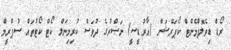
ރޯޑް ޑިވެލޮޕްމެންޓް ކޯޕަރޭޝަން (އާރުޑީސީ) ނަޞްރުގެ ދުވަސް ކުރިމިނަލް ކޯޓް ކޯޓުތައް ސުޕްރީމް